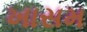
ખાસમ